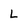
Character: L